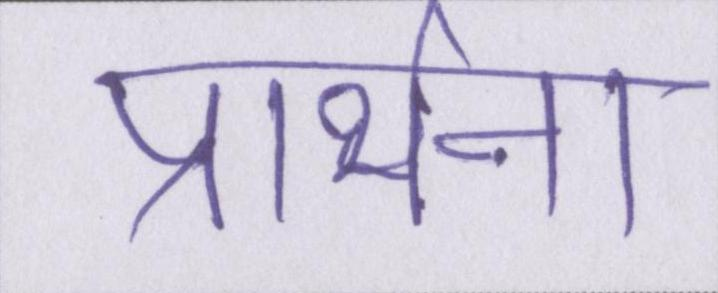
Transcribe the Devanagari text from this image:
प्रार्थना